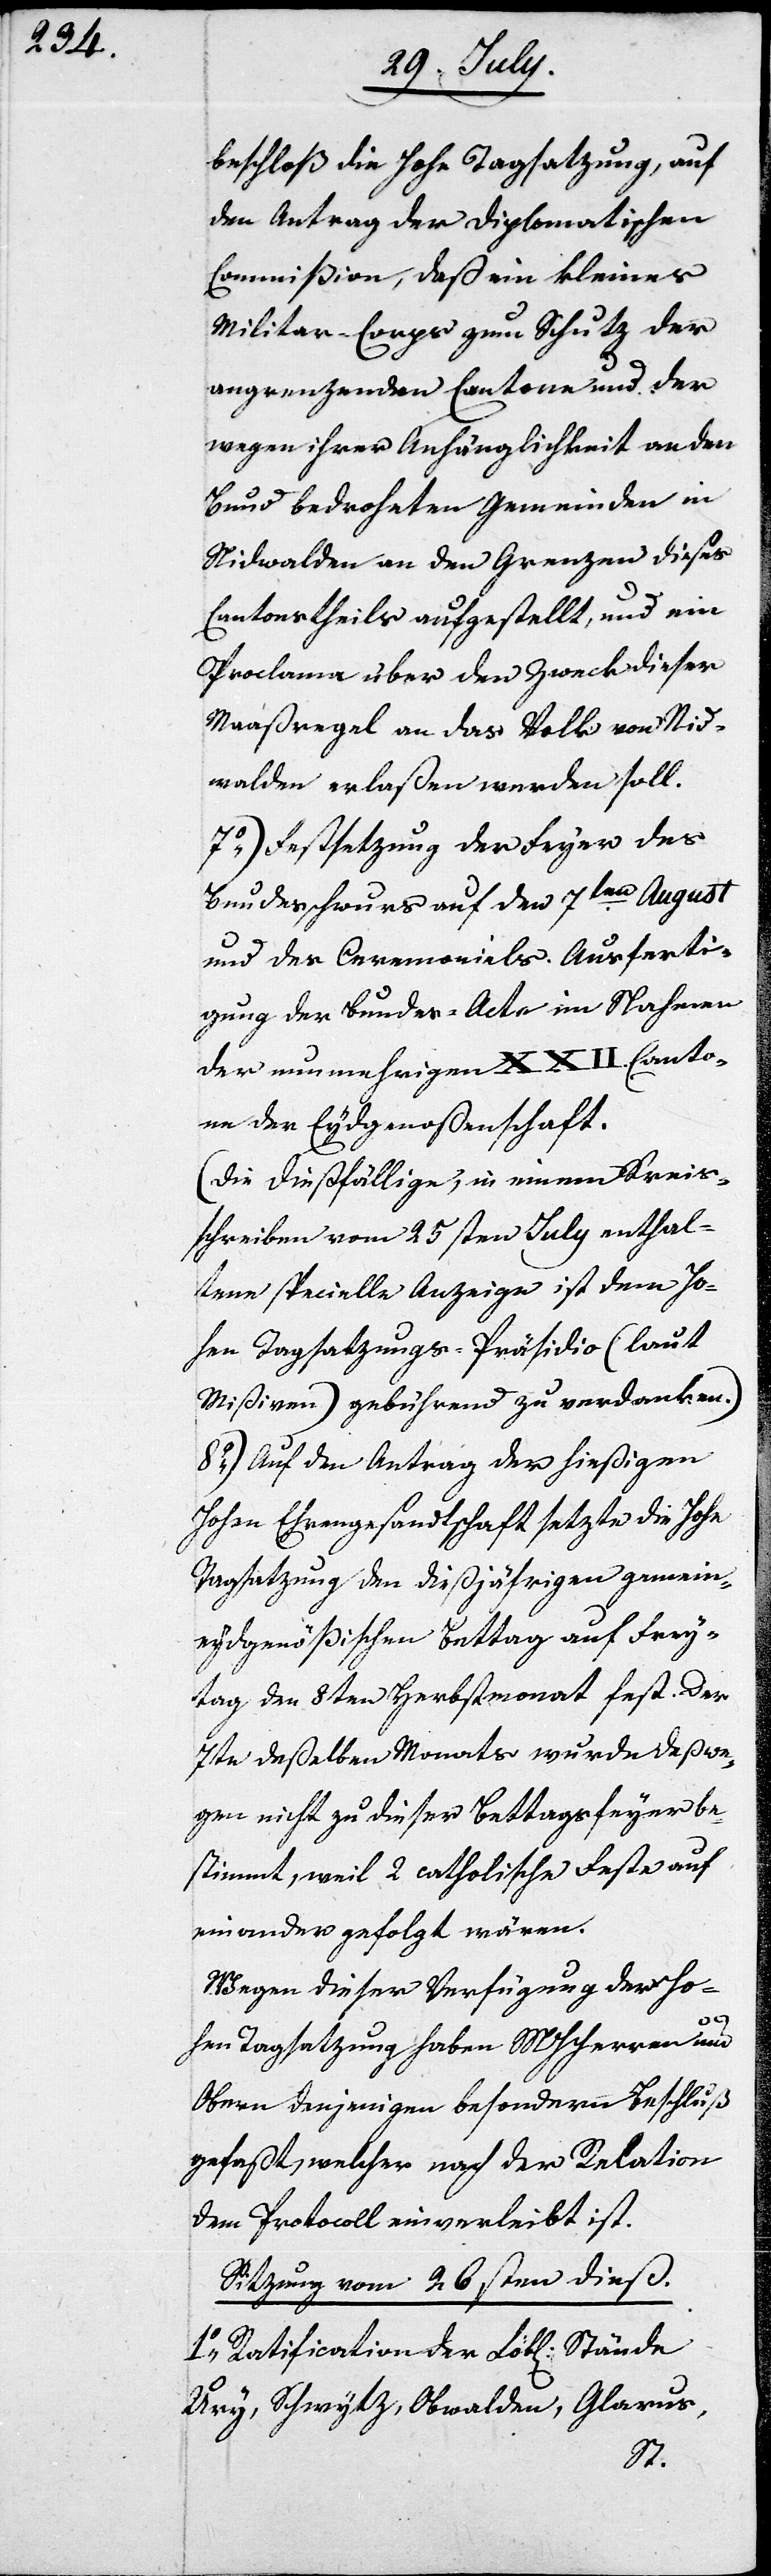
beschloß die Hohe Tagsatzung, auf
den Antrag der Diplomatischen
Commißion, daß ein kleines
Militar-Corps zum Schutz der
angrenzenden Cantone und der
wegen ihrer Anhänglichkeit an den
Bund bedrohten Gemeinden in
Nidwalden an den Grenzen dieses
Cantonstheils aufgestellt, und ein
Proclama über den Zweck dieser
Maaßregel an das Volk von Nid¬
walden erlaßen werden soll.
7.) Festsetzung der Feyer des
Bundesschwurs auf den 7ten August
und des Ceremonials. Ausferti¬
gung der Bundes-Acte in Nahmen
der nun mehrigen XXII. Canto¬
ne der Eydgenoßenschaft.
(Die dießfällige, in einem Krei¬
schreiben vom 25sten July enthal¬
tene specielle Anzeige ist dem Ho¬
hen Tagsatzungs-Präsidio (laut
Mißiven) gebührend zu verdanken.)
8.) Auf den Antrag der hießigen
Hohen Ehrengesandtschaft setzte die Hohe
Tagsatzung den dießjährigen gemein¬
eydgenößischen Bettag auf Frey¬
tag den 8ten Herbstmonat fest. Der
7te deßelben Monats wurde deßwe¬
gen nicht zu dieser Bettagsfeyer be¬
stimmt, weil 2. catholische Feste auf¬
einander gefolgt wären.
Wegen dieser Verfügung der Ho¬
hen Tagsatzung haben MHHerren und
Obern denjenigen besondern Beschluß
gefaßt, welcher nach der Relation
dem Protocoll einverleibt ist.
Sitzung vom 26sten dieß.
1.) Ratification der Lobl. Stände
Ury, Schwytz, Obwalden, Glarus,